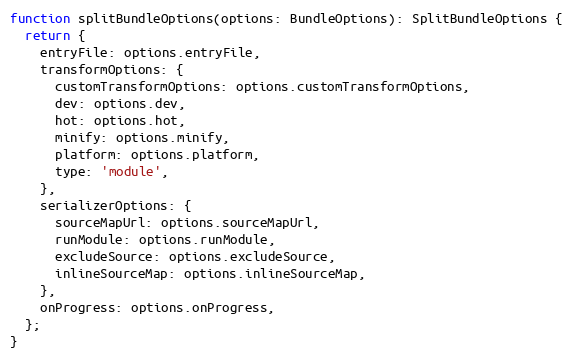
Language: JavaScript
function splitBundleOptions(options: BundleOptions): SplitBundleOptions {
  return {
    entryFile: options.entryFile,
    transformOptions: {
      customTransformOptions: options.customTransformOptions,
      dev: options.dev,
      hot: options.hot,
      minify: options.minify,
      platform: options.platform,
      type: 'module',
    },
    serializerOptions: {
      sourceMapUrl: options.sourceMapUrl,
      runModule: options.runModule,
      excludeSource: options.excludeSource,
      inlineSourceMap: options.inlineSourceMap,
    },
    onProgress: options.onProgress,
  };
}